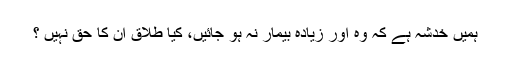
ہميں خدشہ ہے كہ وہ اور زيادہ بيمار نہ ہو جائيں، كيا طلاق ان كا حق نہيں ؟